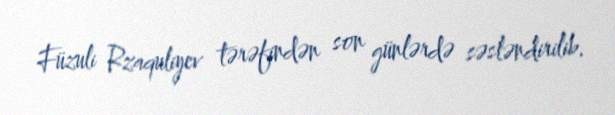
Füzuli Rzaquliyev tərəfindən son günlərdə səsləndirilib.